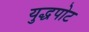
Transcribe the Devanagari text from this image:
युद्धपोट